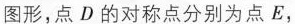
图形，点D的对称点分别为点E，